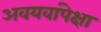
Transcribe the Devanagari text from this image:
अवयवांपेक्षा